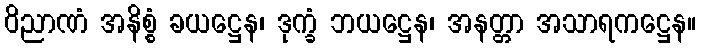
ဝိညာဏံ အနိစ္စံ ခယဋ္ဌေန၊ ဒုက္ခံ ဘယဋ္ဌေန၊ အနတ္တာ အသာရကဋ္ဌေန။